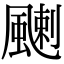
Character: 𩘊